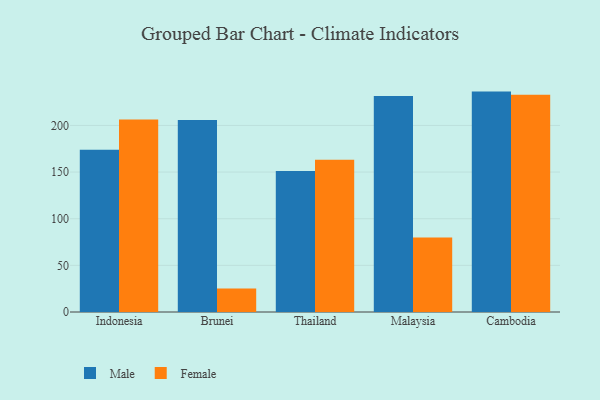
{"axis": {"x": "Country", "y": "Humidity (%)"}, "legend": ["Female", "Male"], "data": [{"x": "Indonesia", "y": 174.0, "type": "Male"}, {"x": "Indonesia", "y": 206.3, "type": "Female"}, {"x": "Brunei", "y": 205.8, "type": "Male"}, {"x": "Brunei", "y": 25.3, "type": "Female"}, {"x": "Thailand", "y": 151.3, "type": "Male"}, {"x": "Thailand", "y": 163.3, "type": "Female"}, {"x": "Malaysia", "y": 231.5, "type": "Male"}, {"x": "Malaysia", "y": 80.0, "type": "Female"}, {"x": "Cambodia", "y": 236.3, "type": "Male"}, {"x": "Cambodia", "y": 232.9, "type": "Female"}]}